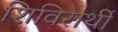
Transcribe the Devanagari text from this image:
शिविरार्थी